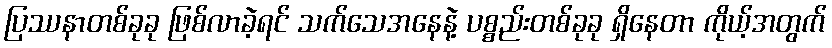
ပြဿနာတစ်ခုခု ဖြစ်လာခဲ့ရင် သက်သေအနေနဲ့ ပစ္စည်းတစ်ခုခု ရှိနေတာ ကိုယ့်အတွက်